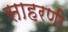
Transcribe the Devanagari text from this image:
साहरणी